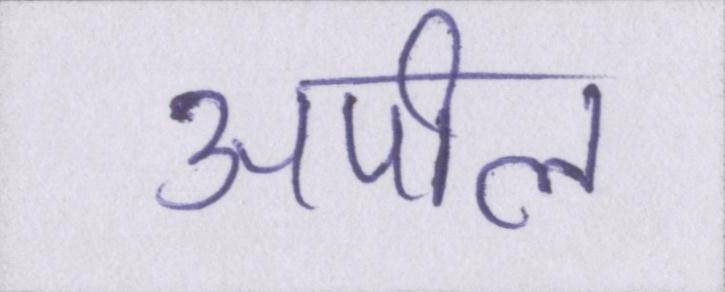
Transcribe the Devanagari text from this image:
अपील